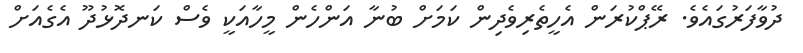
ދުވާފަރުގައެވެ. ރޭޕްކުރަން އެހީތެރިވެދިން ކަމަށް ބުނާ އަންހެން މީހާއަކީ ވެސް ކަނދޮޅުދޫ އެގެއަށް